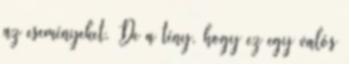
az eseményeket. De a tény, hogy ez egy valós